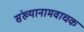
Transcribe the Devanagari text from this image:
संख्यानामवाचक